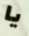
يا